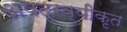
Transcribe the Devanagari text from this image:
अपद्रव्यीकृत